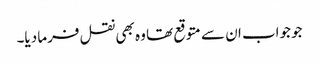
جو جواب ان سے متوقع تھا وہ بھی نقل فرما دیا۔